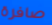
صافرة